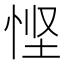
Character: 悭